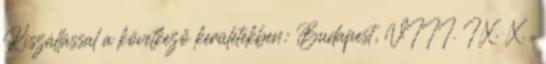
Kiszállással a következő kerületekben: Budapest, VIII. IX. X. .